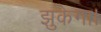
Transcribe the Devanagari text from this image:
झुकेगा।